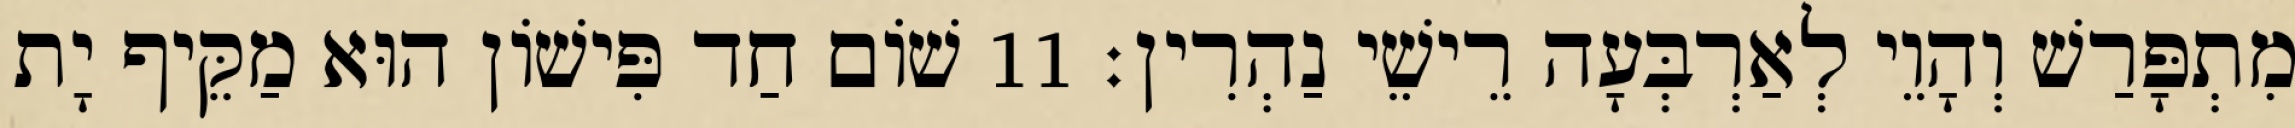
מִתְפָּרַשׁ וְהָוֵי לְאַרְבְּעָה רֵישֵׁי נַהְרִין׃ 11 שׁוֹם חַד פִּישׁוֹן הוּא מַקֵּיף יָת